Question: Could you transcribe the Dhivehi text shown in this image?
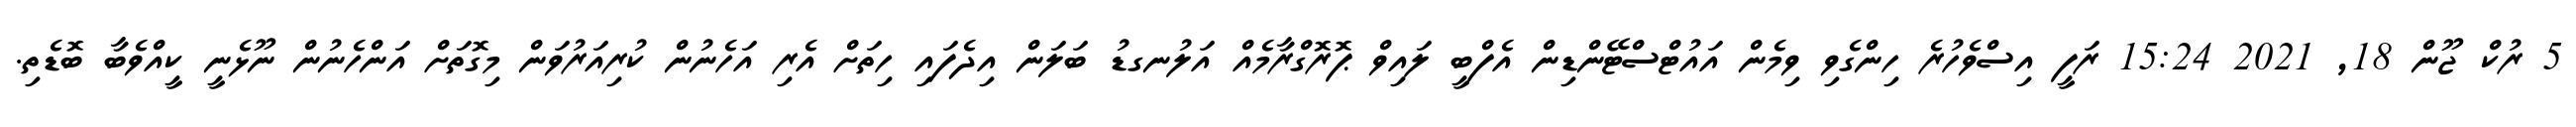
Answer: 5 ރުކް ޖޫން 18, 2021 15:24 ރަފީ އިސްވެހުރެ ހިންގެވި ވިމެން އައުޓްސްޓޭންޑިން އެފްބީ ލައިވް ޕޮރޮގްރާމެއް އަލުނގޑު ބަލަން އިދެފައި ހިތަށް އެރި އަހެނުން ކުރިއަރުވަން މިގޮތަށް އަންހެނުން ނޫޅެނީ ކީއްވެބާ ބޮޑެތި.